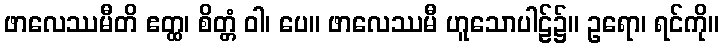
ဖာလေဿမီတိ ဧတ္ထ၊ စိတ္တံ ဝါ၊ ပေ။ ဖာလေဿမီ ဟူသောပါဠ်၌။ ဥရော၊ ရင်ကို။